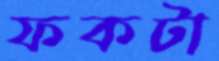
ফকটা